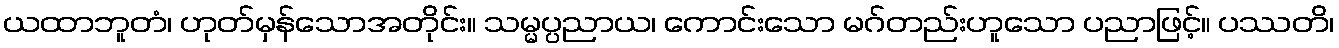
ယထာဘူတံ၊ ဟုတ်မှန်သောအတိုင်း။ သမ္မပ္ပညာယ၊ ကောင်းသော မဂ်တည်းဟူသော ပညာဖြင့်။ ပဿတိ၊